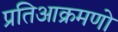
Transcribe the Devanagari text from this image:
प्रतिआक्रमणो